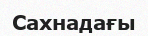
Сахнадағы